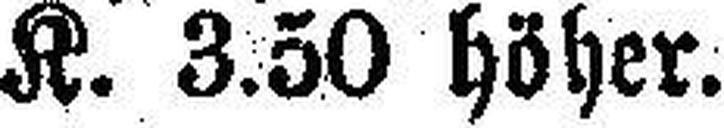
K. 3.50 höher.